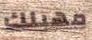
مهبلك